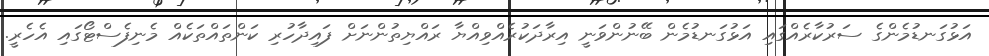
އަޅުގަނޑުމެންގެ ސަރުކާރެއްގައި އަޅުގަނޑުމެން ބޭނުންވަނީ އިރާދަކުރެއްވިއްޔާ ރައްޔިތުންނަށް ފައިދާހުރި ކަންތައްތަކެއް މެނިފެސްޓޯގައި އެހެރީ.